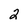
Character: 2